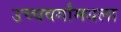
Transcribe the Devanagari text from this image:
उच्चवर्गांमधला